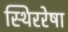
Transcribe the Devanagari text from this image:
स्थिररेषा